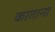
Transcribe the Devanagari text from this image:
काताना